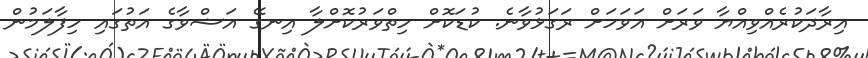
އިރާދަކުރެއްވިއްޔާ ވަރަށް އަވަހަށް ރަގަޅުވާނެ. ކުޑަކޮށް ހިތްވަރުކޮށްލާ އިނގޭ އަޝްވާގެ އަތުގައި ހިފާލަމުން